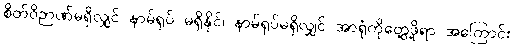
စိတ်ဝိဉာဏ်မရှိလျှင် နာမ်ရုပ် မရှိနိုင်၊ နာမ်ရုပ်မရှိလျှင် အာရုံကိုတွေ့ဖို့ရာ အကြောင်း